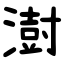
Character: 澍